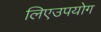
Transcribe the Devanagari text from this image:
लिएउपयोग